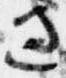
過